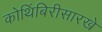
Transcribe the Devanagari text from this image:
कोथिंबिरीसारखे